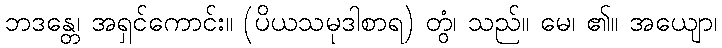
ဘဒန္တေ၊ အရှင်ကောင်း။ (ပိယသမုဒါစာရ) တွံ၊ သည်။ မေ၊ ၏။ အယျော၊